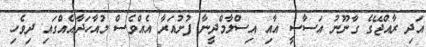
އަދި ރާއްޖޭގެ ގާނޫނު އަސާސީ އާއި އިސްލާމްދީނާ ފުށުއަރާ އެއްވެސް މުއާހަދާއެއްގައި ދިވެހި